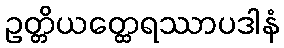
ဥတ္တိယတ္ထေရဿာပဒါနံ